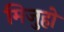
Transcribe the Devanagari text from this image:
मिजुहो